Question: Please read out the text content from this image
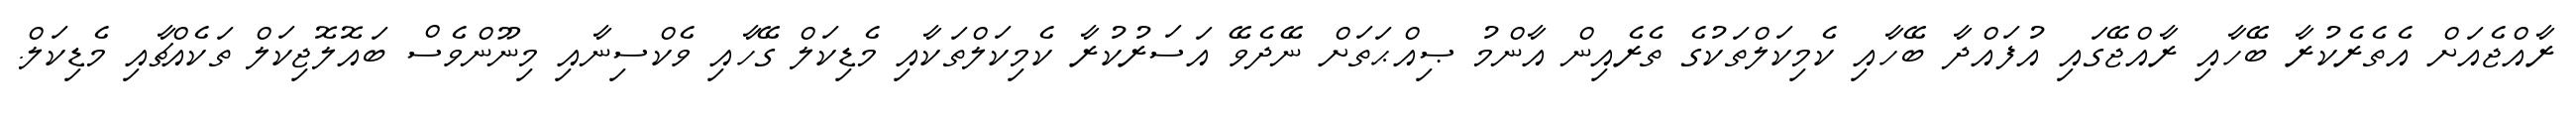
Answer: ރާއްޖެއަށް އެތެރެކުރާ ބޭހާއި ރާއްޖޭގައި އުފައްދާ ބޭހާއި ކެމިކަލްތަކުގެ ތެރެއިން އާންމު ޞިއްޙަތަށް ނޭދެވޭ އަސަރުކުރާ ކެމިކަލްތަކާއި މެޑިކަލް ގޭހާއި ވެކްސިނާއި މިނޫންވެސް ބައޮލޮޖިކަލް ތަކެއްޗާއި މެޑިކަލް.